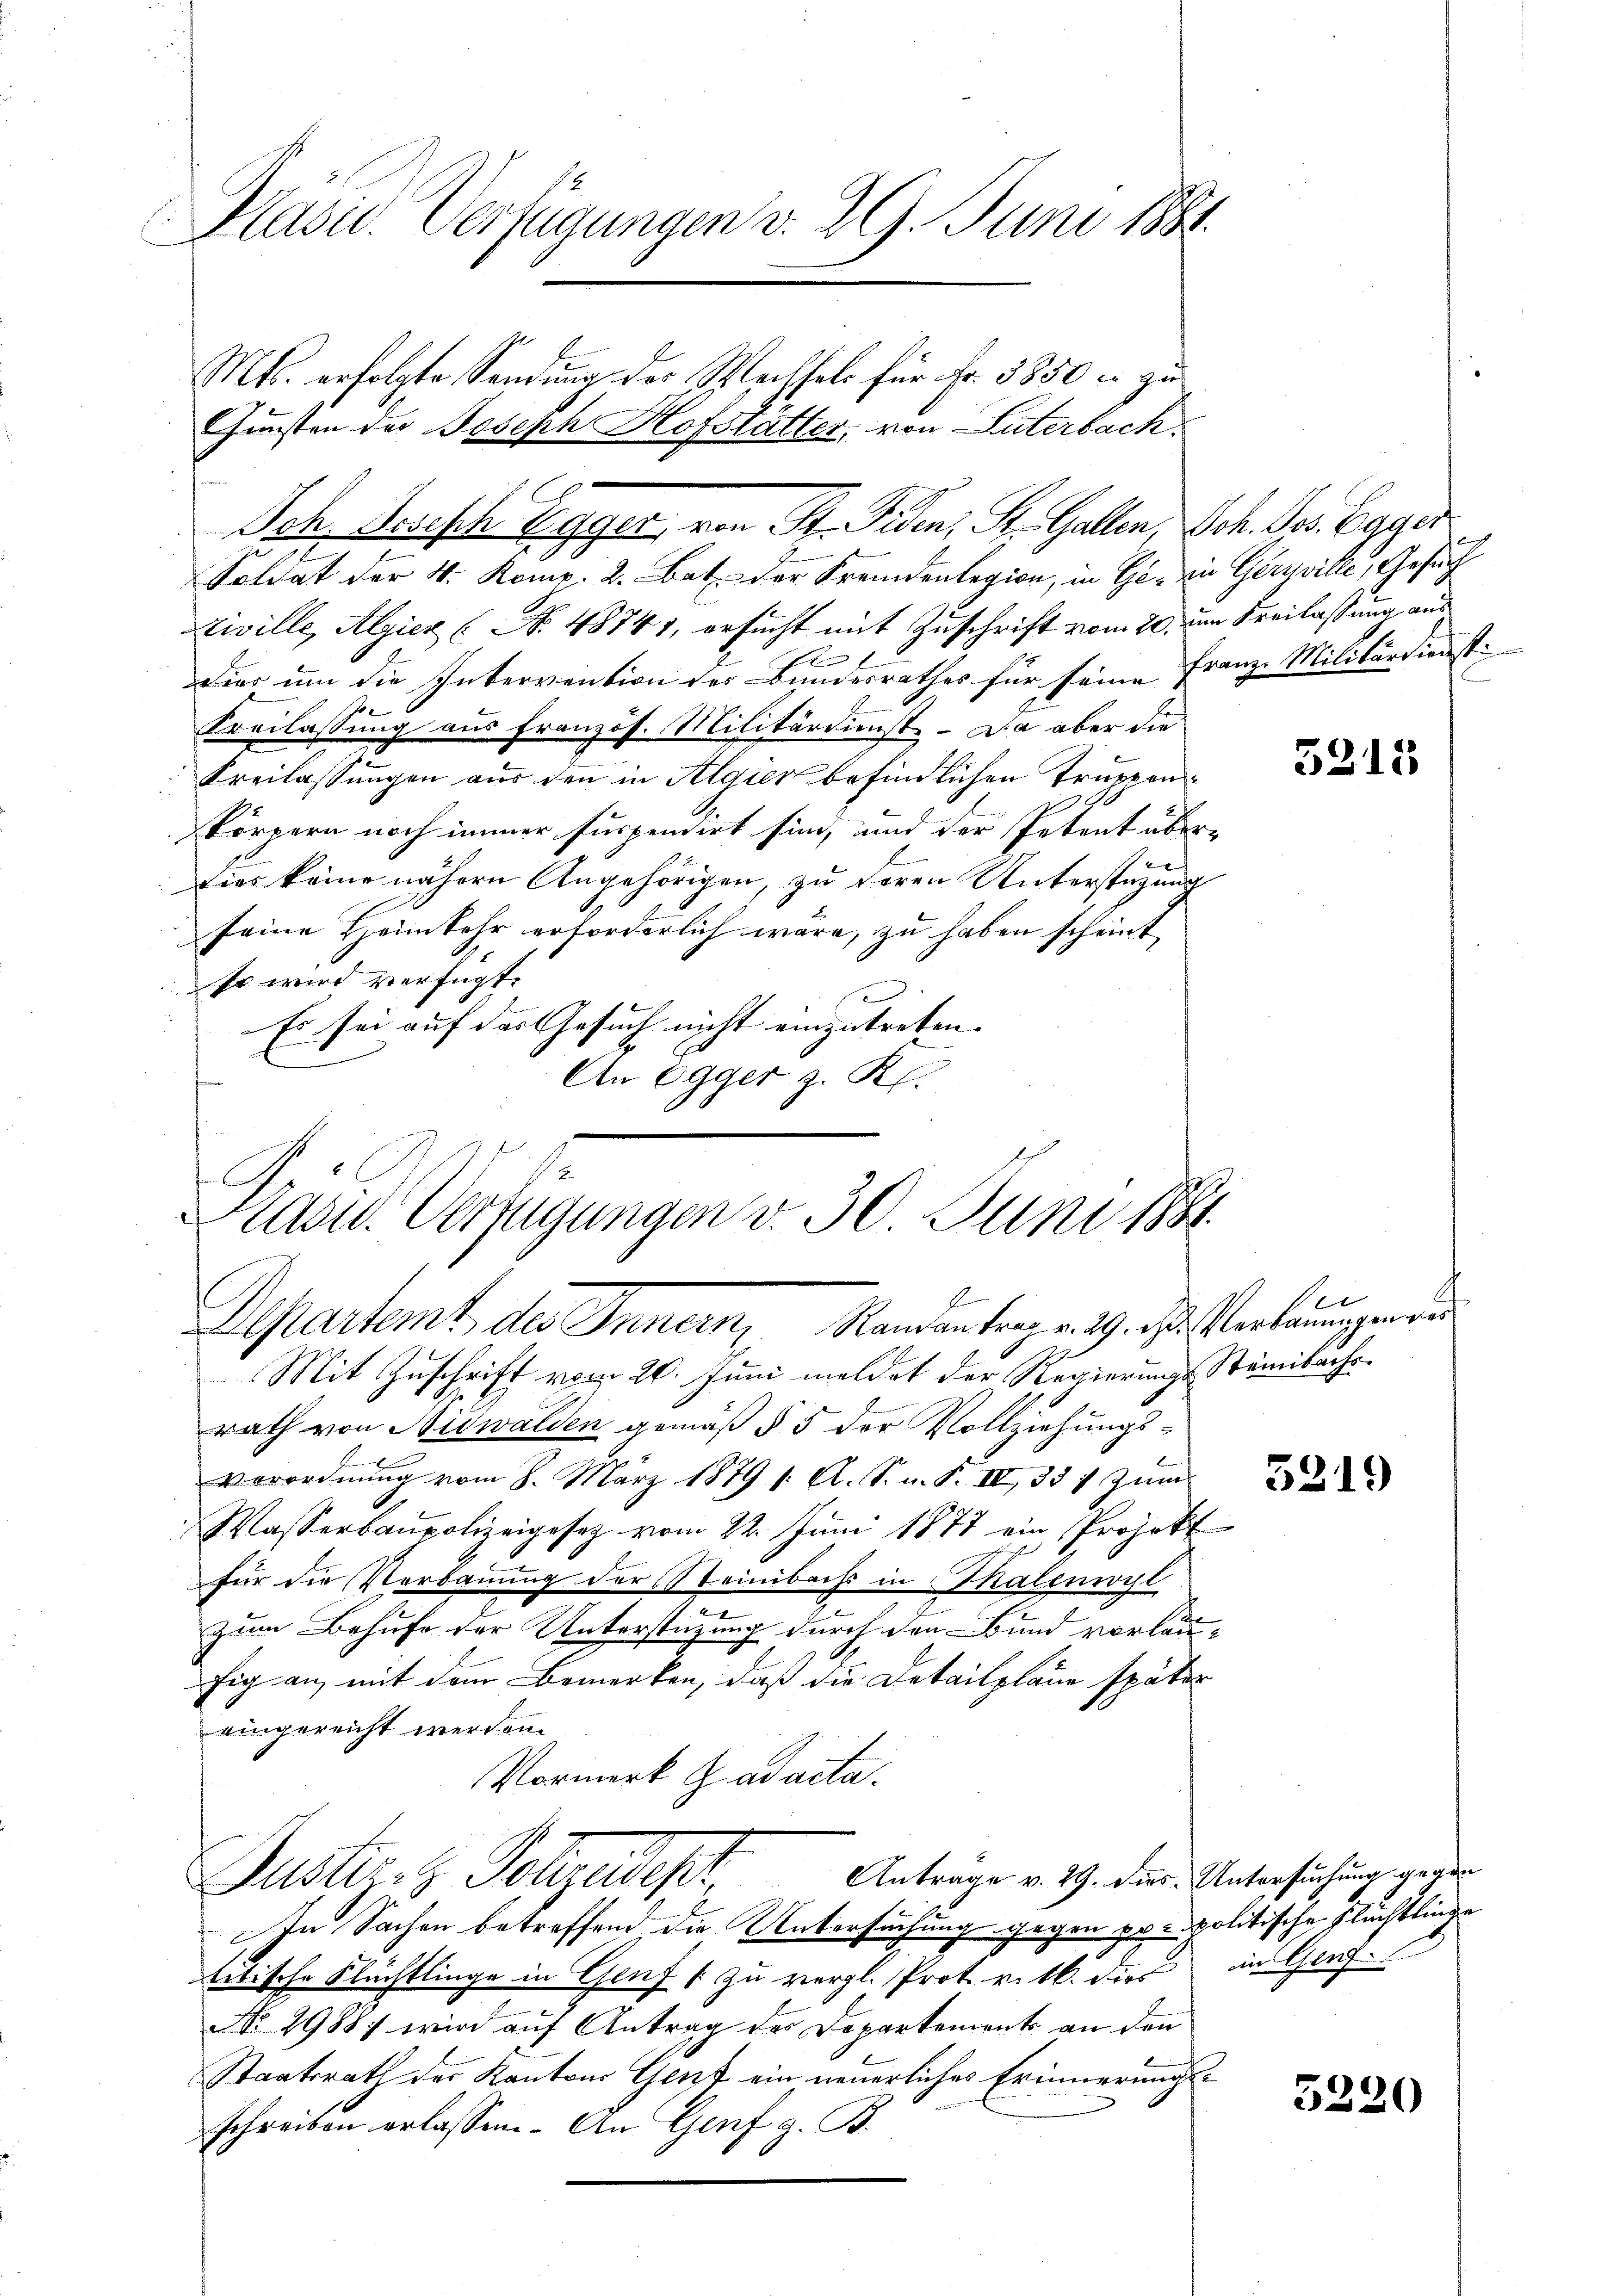
Haon. Verfügungen v. 29. Juni 1881.

Mts. erfolgte Sendung des Wechsels für Fr. 3850 in zu¬
Gunsten der Joseph Hofstätter, von Luterbach.
Soldat der 4. Komp. 2. Bat. der Fremdenlegion, in Ge- ein Gerzville, Gesuc
Ziville, Algien (No. 48741, ersucht mit Zuschrift vom 20. um Freilassung aus
E
Dier um die Intervention des Bundesrathes für seine Franze Militärdienst¬
Sreilassung aus französ. Militärdienst – Da aber die
Freilassungen aus den in Algier befindlichen Truppenskörpern noch immer suspendirt sind, und der Petent überdies keine nähern Angehörigen, zu deren Unterstüzung
seine Heimkehr erforderlich wäre, zu haben scheint
so wird verfügt:
Es sei auf das Gesuch nicht einzutreten. |
An Egger z. K.
e
Mit Zuschrift vom 20. Juni meldet der Regierungs- Stämibachsrath von Nidwalden gemäß § 5 der Vollziehungsx
verordnung vom 8. März 1879 /: A. S. n. F. IV 331 zum
Wasserbaupolizeigesetz vom 22. Juni 1877 ein Projekt
für die Verbauung der Steinbachs in Skalenwyl
zum Behufe der Unterstüzung durch den Bund vorläu-
fig an mit dem Bemerken, daß die Detailpläne später
eingereicht werden.
Vormerk ad acta.
Justiz- & Polizeidept. Antrage v. 19. der Untersuchung gegen
In Sachen betreffend die Untersuchung gegen propolitische Flüchtlinge
titische Flüchtlinge in Genf 1 zu vergl. Prot. v. M. dies in Genf.
No 29887 wird auf Antrag der Departement an den
Staatsrath der Kantons Gent ein neuerliches Erinnerungsschreiben erlassen. An Genf z. B.

Kasu. Verfügungen v. 30. Juni 1884.
Departent des Innern, Randantrag v. 29. des Verbauungen der

Ich, Herisch Egger, von St. Peten, St. Gallen, Joh. Jos. Egger

3219

5215

5220